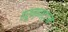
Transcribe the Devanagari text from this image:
इरुन्नाट्टम